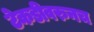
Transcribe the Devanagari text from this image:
टेकडीवरुनच